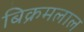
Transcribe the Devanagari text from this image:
बिक्रमलाल